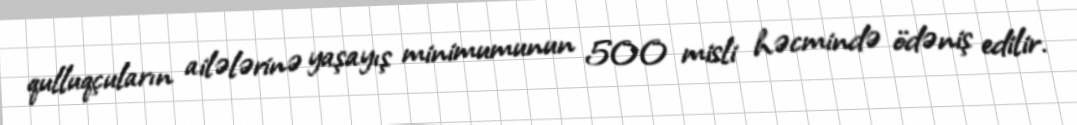
qulluqçuların ailələrinə yaşayış minimumunun 500 misli həcmində ödəniş edilir.